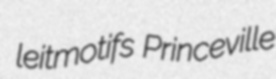
leitmotifs Princeville